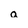
Character: a